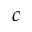
c